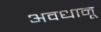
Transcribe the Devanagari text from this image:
अवधानू